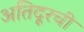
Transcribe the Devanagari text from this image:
अतिदूरची